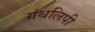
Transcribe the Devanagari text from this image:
ग्रंथलिपी